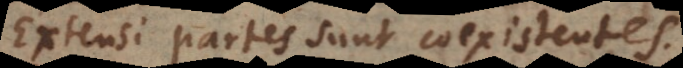
Extensi partes sunt coexistentes.